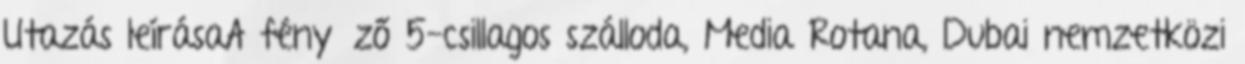
Utazás leírásaA fényűző 5-csillagos szálloda, Media Rotana, Dubai nemzetközi